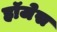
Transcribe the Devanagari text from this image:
हॉजेस